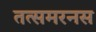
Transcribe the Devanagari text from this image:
तत्समरनस